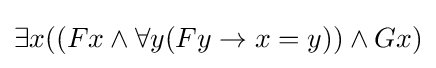
\exists x((Fx\land \forall y(Fy\rightarrow x=y))\land Gx)